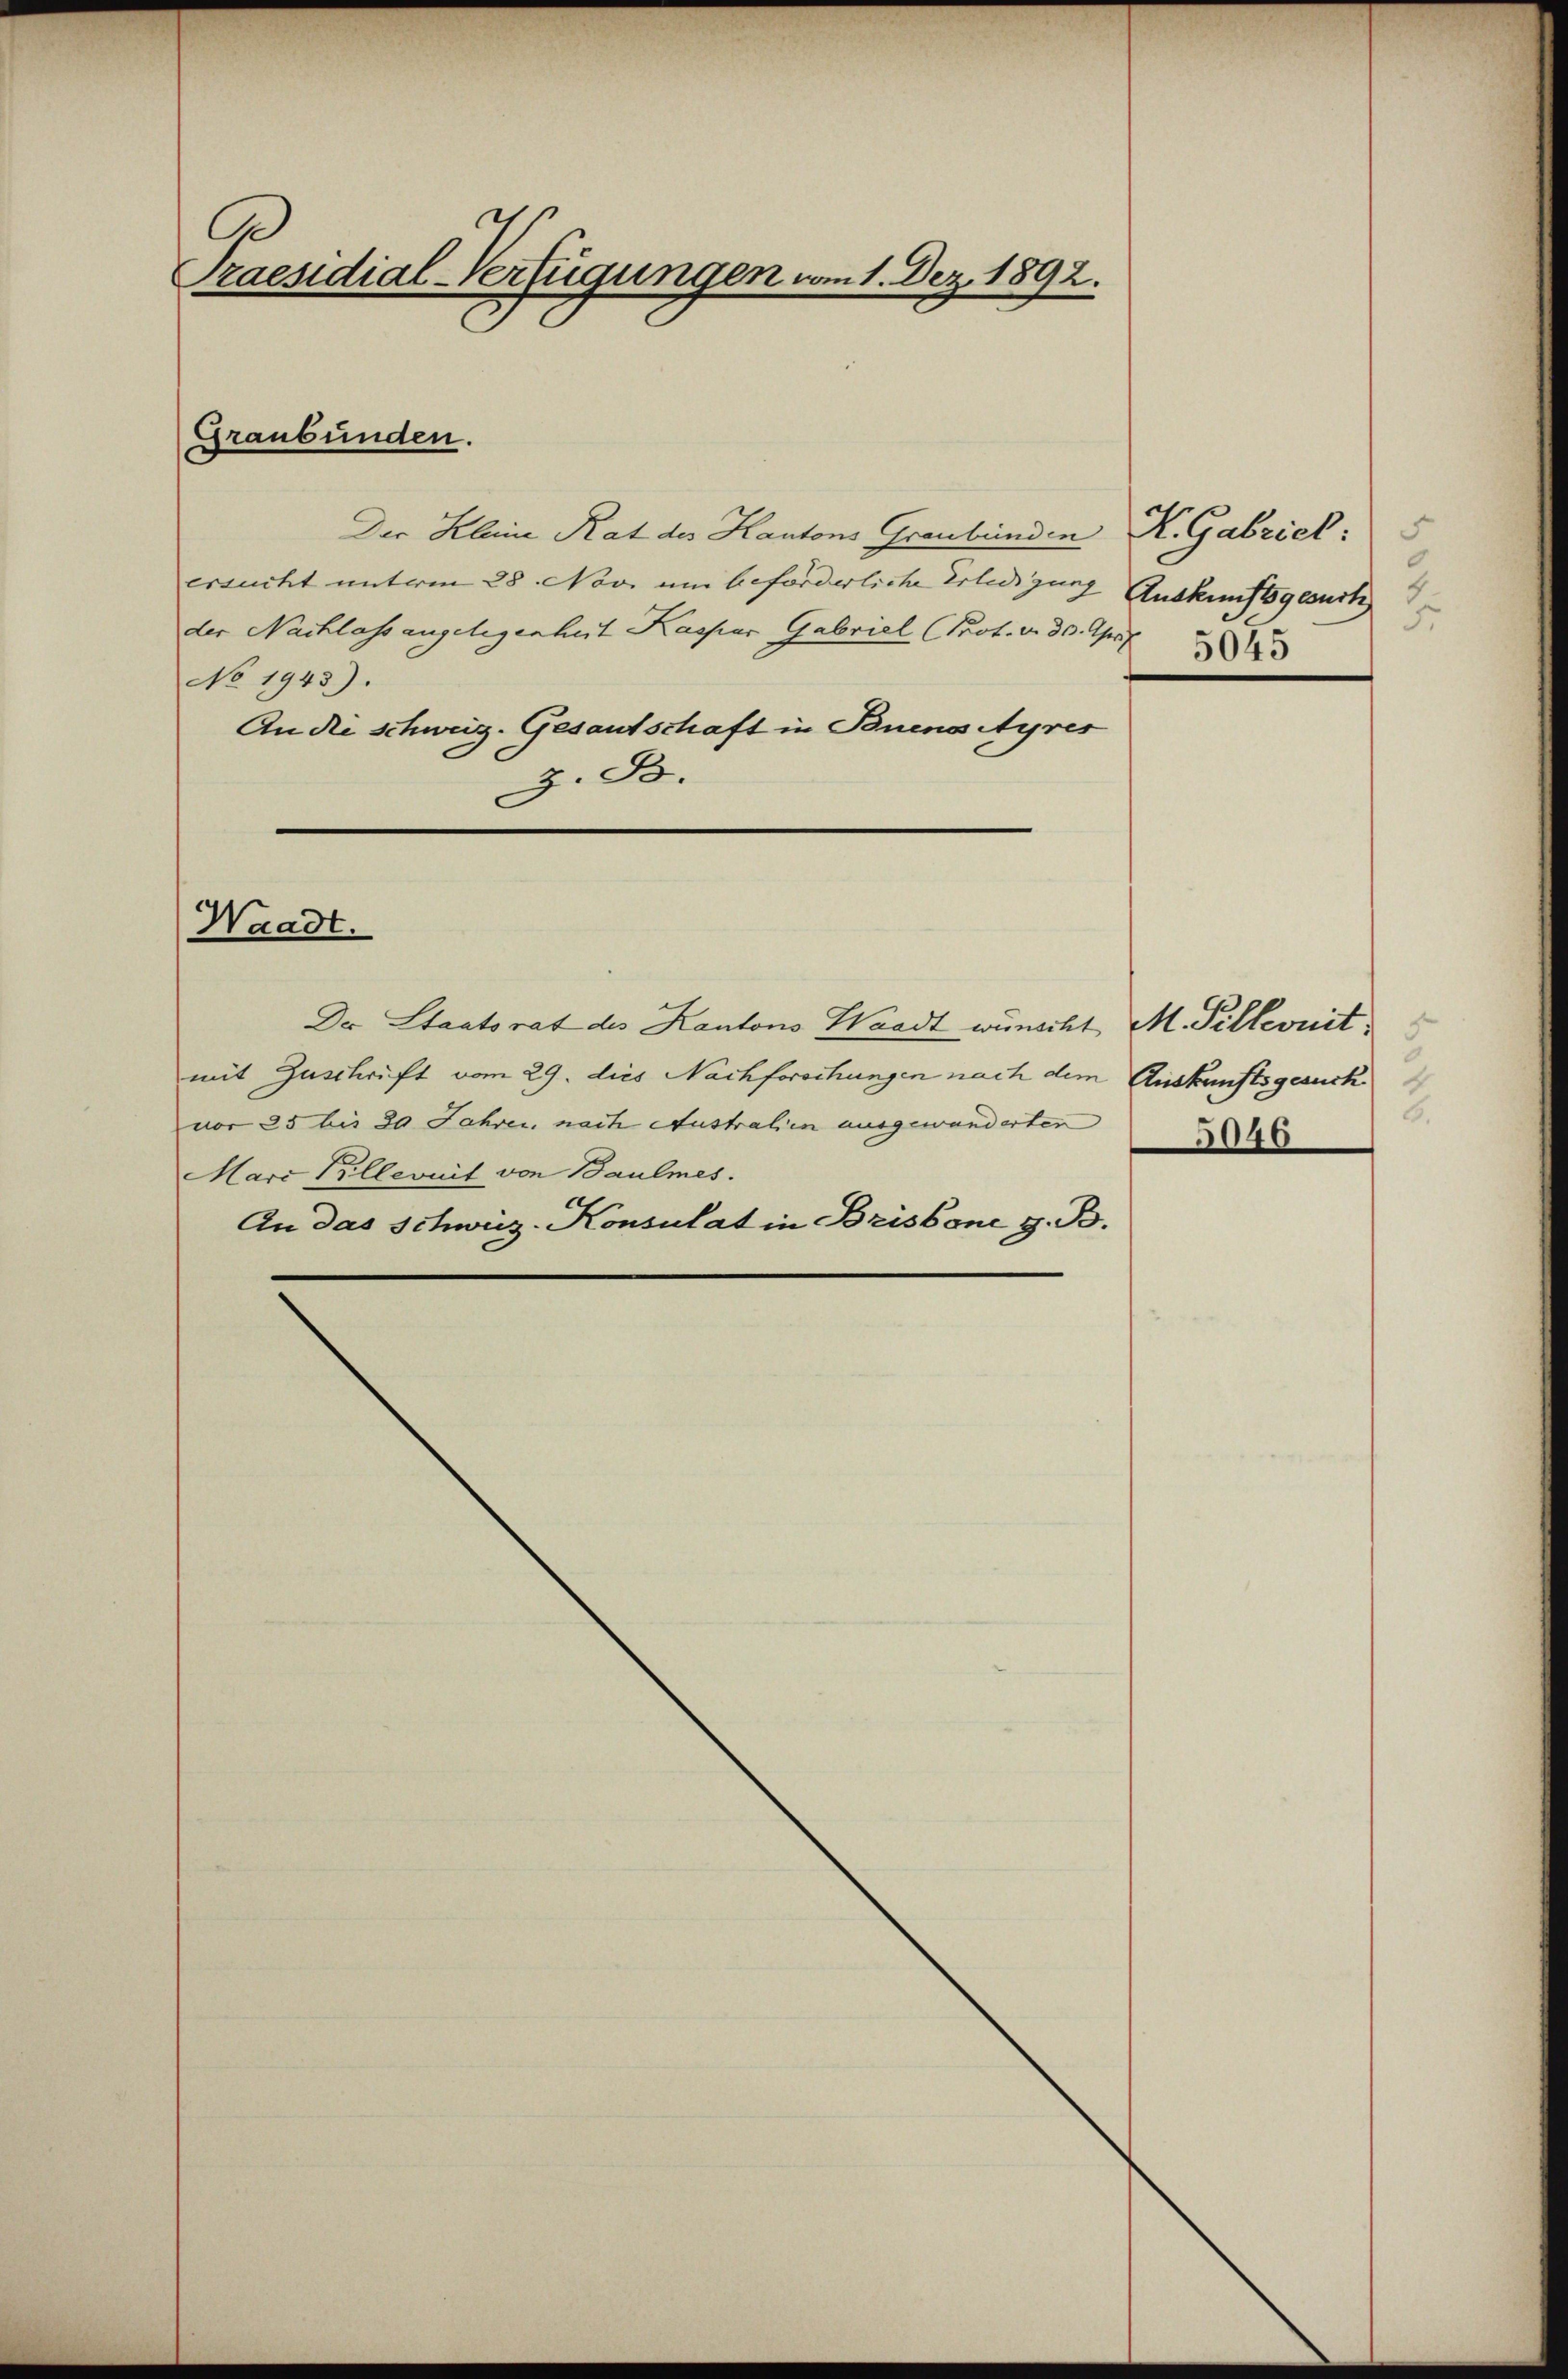
7
Ge
Praesidial-Verfügungen vom 1. Dez. 1892.

Der Kleine Rat des Kantons Graubünden K. Gabriel
ersucht unterm 28. Novi um beforderliche Erledigung Auskunftsgesuch
der Nachlass angelegenheit Kaspar Gabriel (Prot. d. 30. April
No 1943).
An die Schweiz. Gesantschaft in Buens Ayres
z. B.

Graubünden.

Waadt.

Dr Staatsrat des Kantons Waadt wünscht M. Pillenit
mit Zuschrift vom 29. dies Nachforschungen nach dem Auskunftsgesuch
vor 25 bis 20 Jahren nach Austrahen ausgewanderten 46
Marc Pillenit von Baulmes.
An das Schweiz-Konsulat in Brisbone z. B.

6.

.